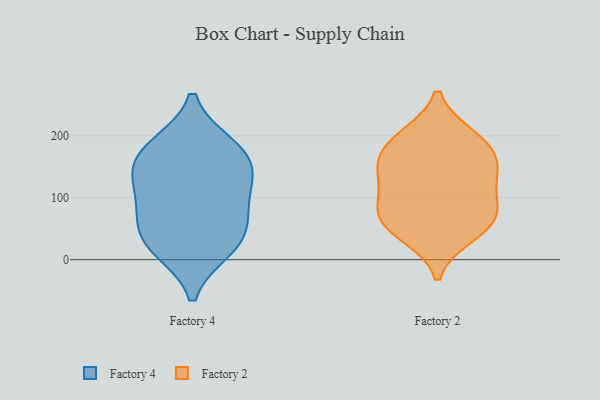
{"axis": {"x": "Tickets Resolved", "y": "Value"}, "legend": ["Factory 2", "Factory 4"], "data": [{"x": "", "y": 137, "type": "Factory 4"}, {"x": "", "y": 184, "type": "Factory 4"}, {"x": "", "y": 86, "type": "Factory 4"}, {"x": "", "y": 156, "type": "Factory 4"}, {"x": "", "y": 180, "type": "Factory 4"}, {"x": "", "y": 127, "type": "Factory 4"}, {"x": "", "y": 25, "type": "Factory 4"}, {"x": "", "y": 18, "type": "Factory 4"}, {"x": "", "y": 40, "type": "Factory 4"}, {"x": "", "y": 76, "type": "Factory 4"}, {"x": "", "y": 73, "type": "Factory 2"}, {"x": "", "y": 47, "type": "Factory 2"}, {"x": "", "y": 178, "type": "Factory 2"}, {"x": "", "y": 157, "type": "Factory 2"}, {"x": "", "y": 103, "type": "Factory 2"}, {"x": "", "y": 199, "type": "Factory 2"}, {"x": "", "y": 200, "type": "Factory 2"}, {"x": "", "y": 74, "type": "Factory 2"}, {"x": "", "y": 70, "type": "Factory 2"}, {"x": "", "y": 141, "type": "Factory 2"}, {"x": "", "y": 155, "type": "Factory 2"}, {"x": "", "y": 39, "type": "Factory 2"}, {"x": "", "y": 122, "type": "Factory 2"}]}